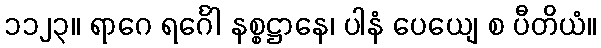
၁၁၂၃။ ရာဂေ ရင်္ဂေါ နစ္စဋ္ဌာနေ၊ ပါနံ ပေယျေ စ ပီတိယံ။